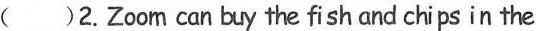
( )2. Zoo m can buy the fish and chips in the